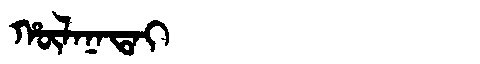
Manchu: ᡥᡡᠯᠠᠨᠠᡨᠠᡳ
Romanization: HŪLANATAI